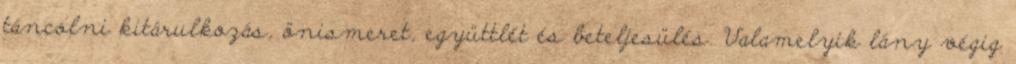
táncolni kitárulkozás, önismeret, együttlét és beteljesülés. Valamelyik lány végig